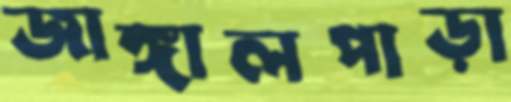
জাঙ্গালপাড়া